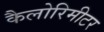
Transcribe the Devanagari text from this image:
कैलोरिमीटर